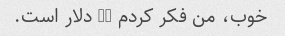
خوب، من فکر کردم 83 دلار است.